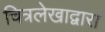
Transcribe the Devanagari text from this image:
चित्रलेखाद्वारा